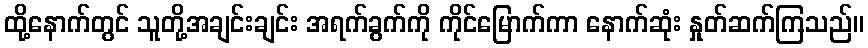
ထို့နောက်တွင် သူတို့အချင်းချင်း အရက်ခွက်ကို ကိုင်မြောက်ကာ နောက်ဆုံး နှုတ်ဆက်ကြသည်။